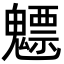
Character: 魒